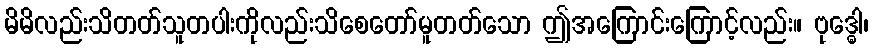
မိမိလည်းသိတတ်သူတပါးကိုလည်းသိစေတော်မူတတ်သော ဤအကြောင်းကြောင့်လည်း။ ဗုဒ္ဓေါ၊